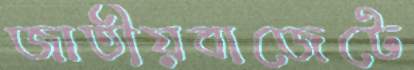
জাতীয়বাজেটে